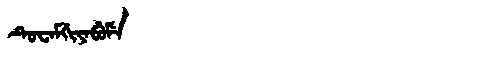
Manchu: ᡨᡠᠸᠠᠮᡤᡳᠶᠠᠪᡠᠮᡝ
Romanization: TUWAMGIYABUME